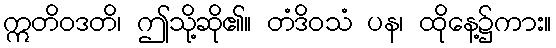
ဣတိဝဒတိ၊ ဤသို့ဆို၏။ တံဒိဝသံ ပန၊ ထိုနေ့၌ကား။